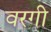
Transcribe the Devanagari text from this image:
वरगी